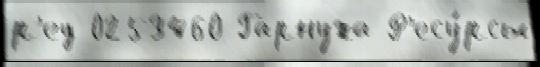
р'ед 0253460 Гарнуха Р'есу́рсы